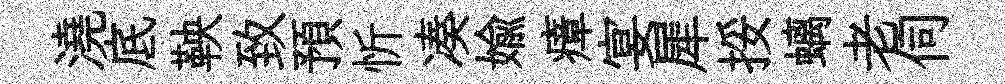
澆底鞅致預忻凑媮瘴宴犀挼螭老伺